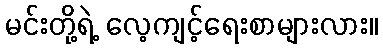
မင်းတို့ရဲ့ လေ့ကျင့်ရေးစာများလား။